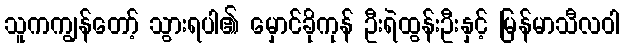
သူကကျွန်တော့် သွားရပါ၏ မှောင်ခိုကုန် ဦးရဲထွန်းဦးနှင့် မြန်မာသီလဝါ